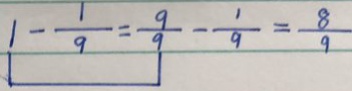
1 - \frac { 1 } { 9 } = \frac { 9 } { 9 } - \frac { 1 } { 9 } = \frac { 8 } { 9 }